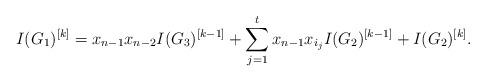
LaTeX: \begin{align*}I(G_1)^{[k]}=x_{n-1}x_{n-2}I(G_3)^{[k-1]}+\sum_{j=1}^tx_{n-1}x_{i_j}I(G_2)^{[k-1]}+I(G_2)^{[k]}.\end{align*}